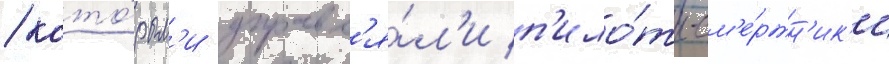
/ кото́рым'и управл'я́л'и п'ило́ты-см'е́ртн'ик'и